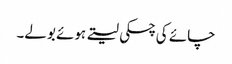
چائے کی چسکی لیتے ہوئے بولے۔